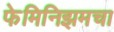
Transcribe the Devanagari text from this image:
फेमिनिझमचा